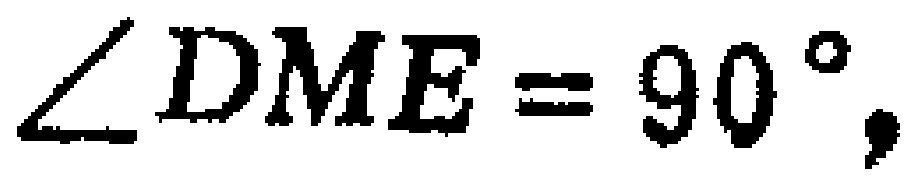
$\angle DME = 90^{\circ},$